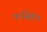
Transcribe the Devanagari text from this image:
फर्नसेहेन